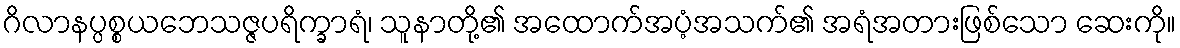
ဂိလာနပ္ပစ္စယဘေသဇ္ဇပရိက္ခာရံ၊ သူနာတို့၏ အထောက်အပံ့အသက်၏ အရံအတားဖြစ်သော ဆေးကို။